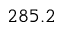
2 8 5 . 2